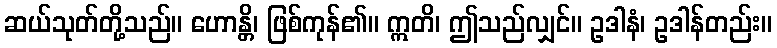
ဆယ်သုတ်တို့သည်။ ဟောန္တိ၊ ဖြစ်ကုန်၏။ ဣတိ၊ ဤသည်လျှင်။ ဥဒါနံ၊ ဥဒါန်တည်း။